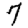
Digit: 7